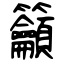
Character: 籲